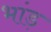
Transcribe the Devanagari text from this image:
भांड़